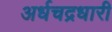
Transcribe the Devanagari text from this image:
अर्धचद्रधारी